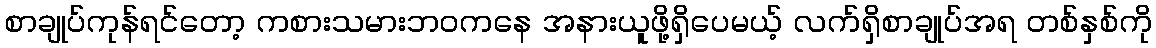
စာချုပ်ကုန်ရင်တော့ ကစားသမားဘဝကနေ အနားယူဖို့ရှိပေမယ့် လက်ရှိစာချုပ်အရ တစ်နှစ်ကို